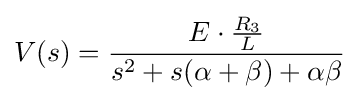
V(s)={\frac {E\cdot {\frac {R_{3}}{L}}}{s^{2}+s(\alpha +\beta )+\alpha \beta }}